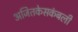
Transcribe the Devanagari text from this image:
अजितकेसकंबली